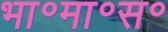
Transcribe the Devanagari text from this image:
भा॰मा॰स॰